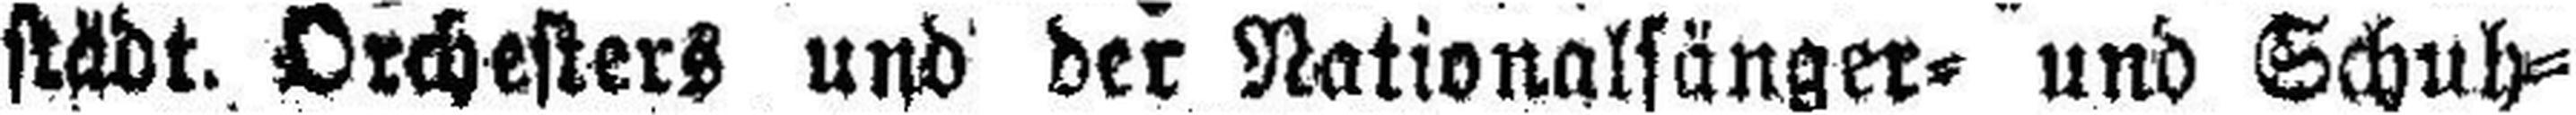
städt. Orchesters und der Nationalsänger= und Schuh¬